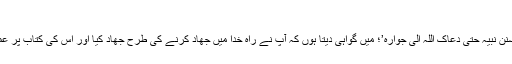
ہم مشہور زیارت ‘ امین اللہ ‘ میں کہتے ہیں :
‘ اشھد انک جاھدت فی اللہ حق جھادہ و عملت بکتابہ واتبعت سنن نبیہ حتی دعاک اللہ الی جوارہ’؛ میں گواہی دیتا ہوں کہ آپ نے راہ خدا میں جھاد کرنے کی طرح جھاد کیا اور اس کی کتاب پر عمل کیا یہاں تک کہ اس نے آپ کو اپنے جوار میں طلب کرلی